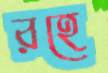
রহে